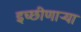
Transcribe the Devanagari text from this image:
इच्छीणाऱ्या